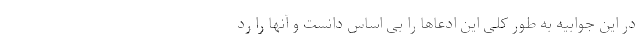
در این جوابیه به طور کلی این ادعاها را بی اساس دانست و آنها را رد